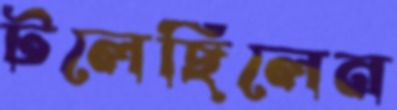
টলেছিলেন